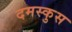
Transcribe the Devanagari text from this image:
दमस्कुस